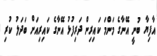
އާފިޔާ ބުނީ އޭނާގެ މަންމަ ކައިރިން ދަރިފުޅު އޭނާގެ ކައިރިއަށް ބަދަލު ކުރި